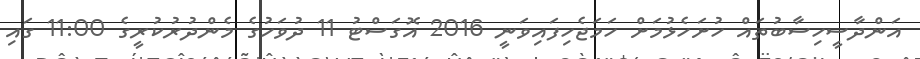
އަންދާސީހިސާބުތައް ހުށަހެޅުމަށް ހަމަޖެހިފައިވަނީ 2016 އޮގަސްޓު 11 ދުވަހުގެ މެންދުރުކުރީގެ 11:00 ގައި